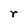
Character: r